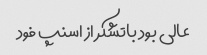
عالی بود باتشکر از اسنپ فود